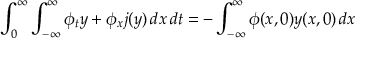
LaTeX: \int _ { 0 } ^ { \infty } \int _ { - \infty } ^ { \infty } \phi _ { t } y + \phi _ { x } j ( y ) \, d x \, d t = - \int _ { - \infty } ^ { \infty } \phi ( x , 0 ) y ( x , 0 ) \, d x